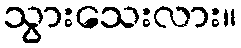
သွားသေးလား။